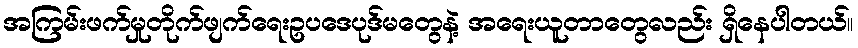
အကြမ်းဖက်မှုတိုက်ဖျက်ရေးဥပဒေပုဒ်မတွေနဲ့ အရေးယူတာတွေလည်း ရှိနေပါတယ်။